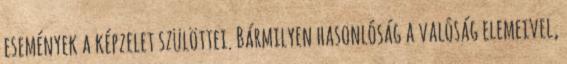
események a képzelet szülöttei. Bármilyen hasonlóság a valóság elemeivel,